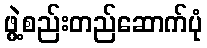
ဖွဲ့စည်းတည်ဆောက်ပုံ